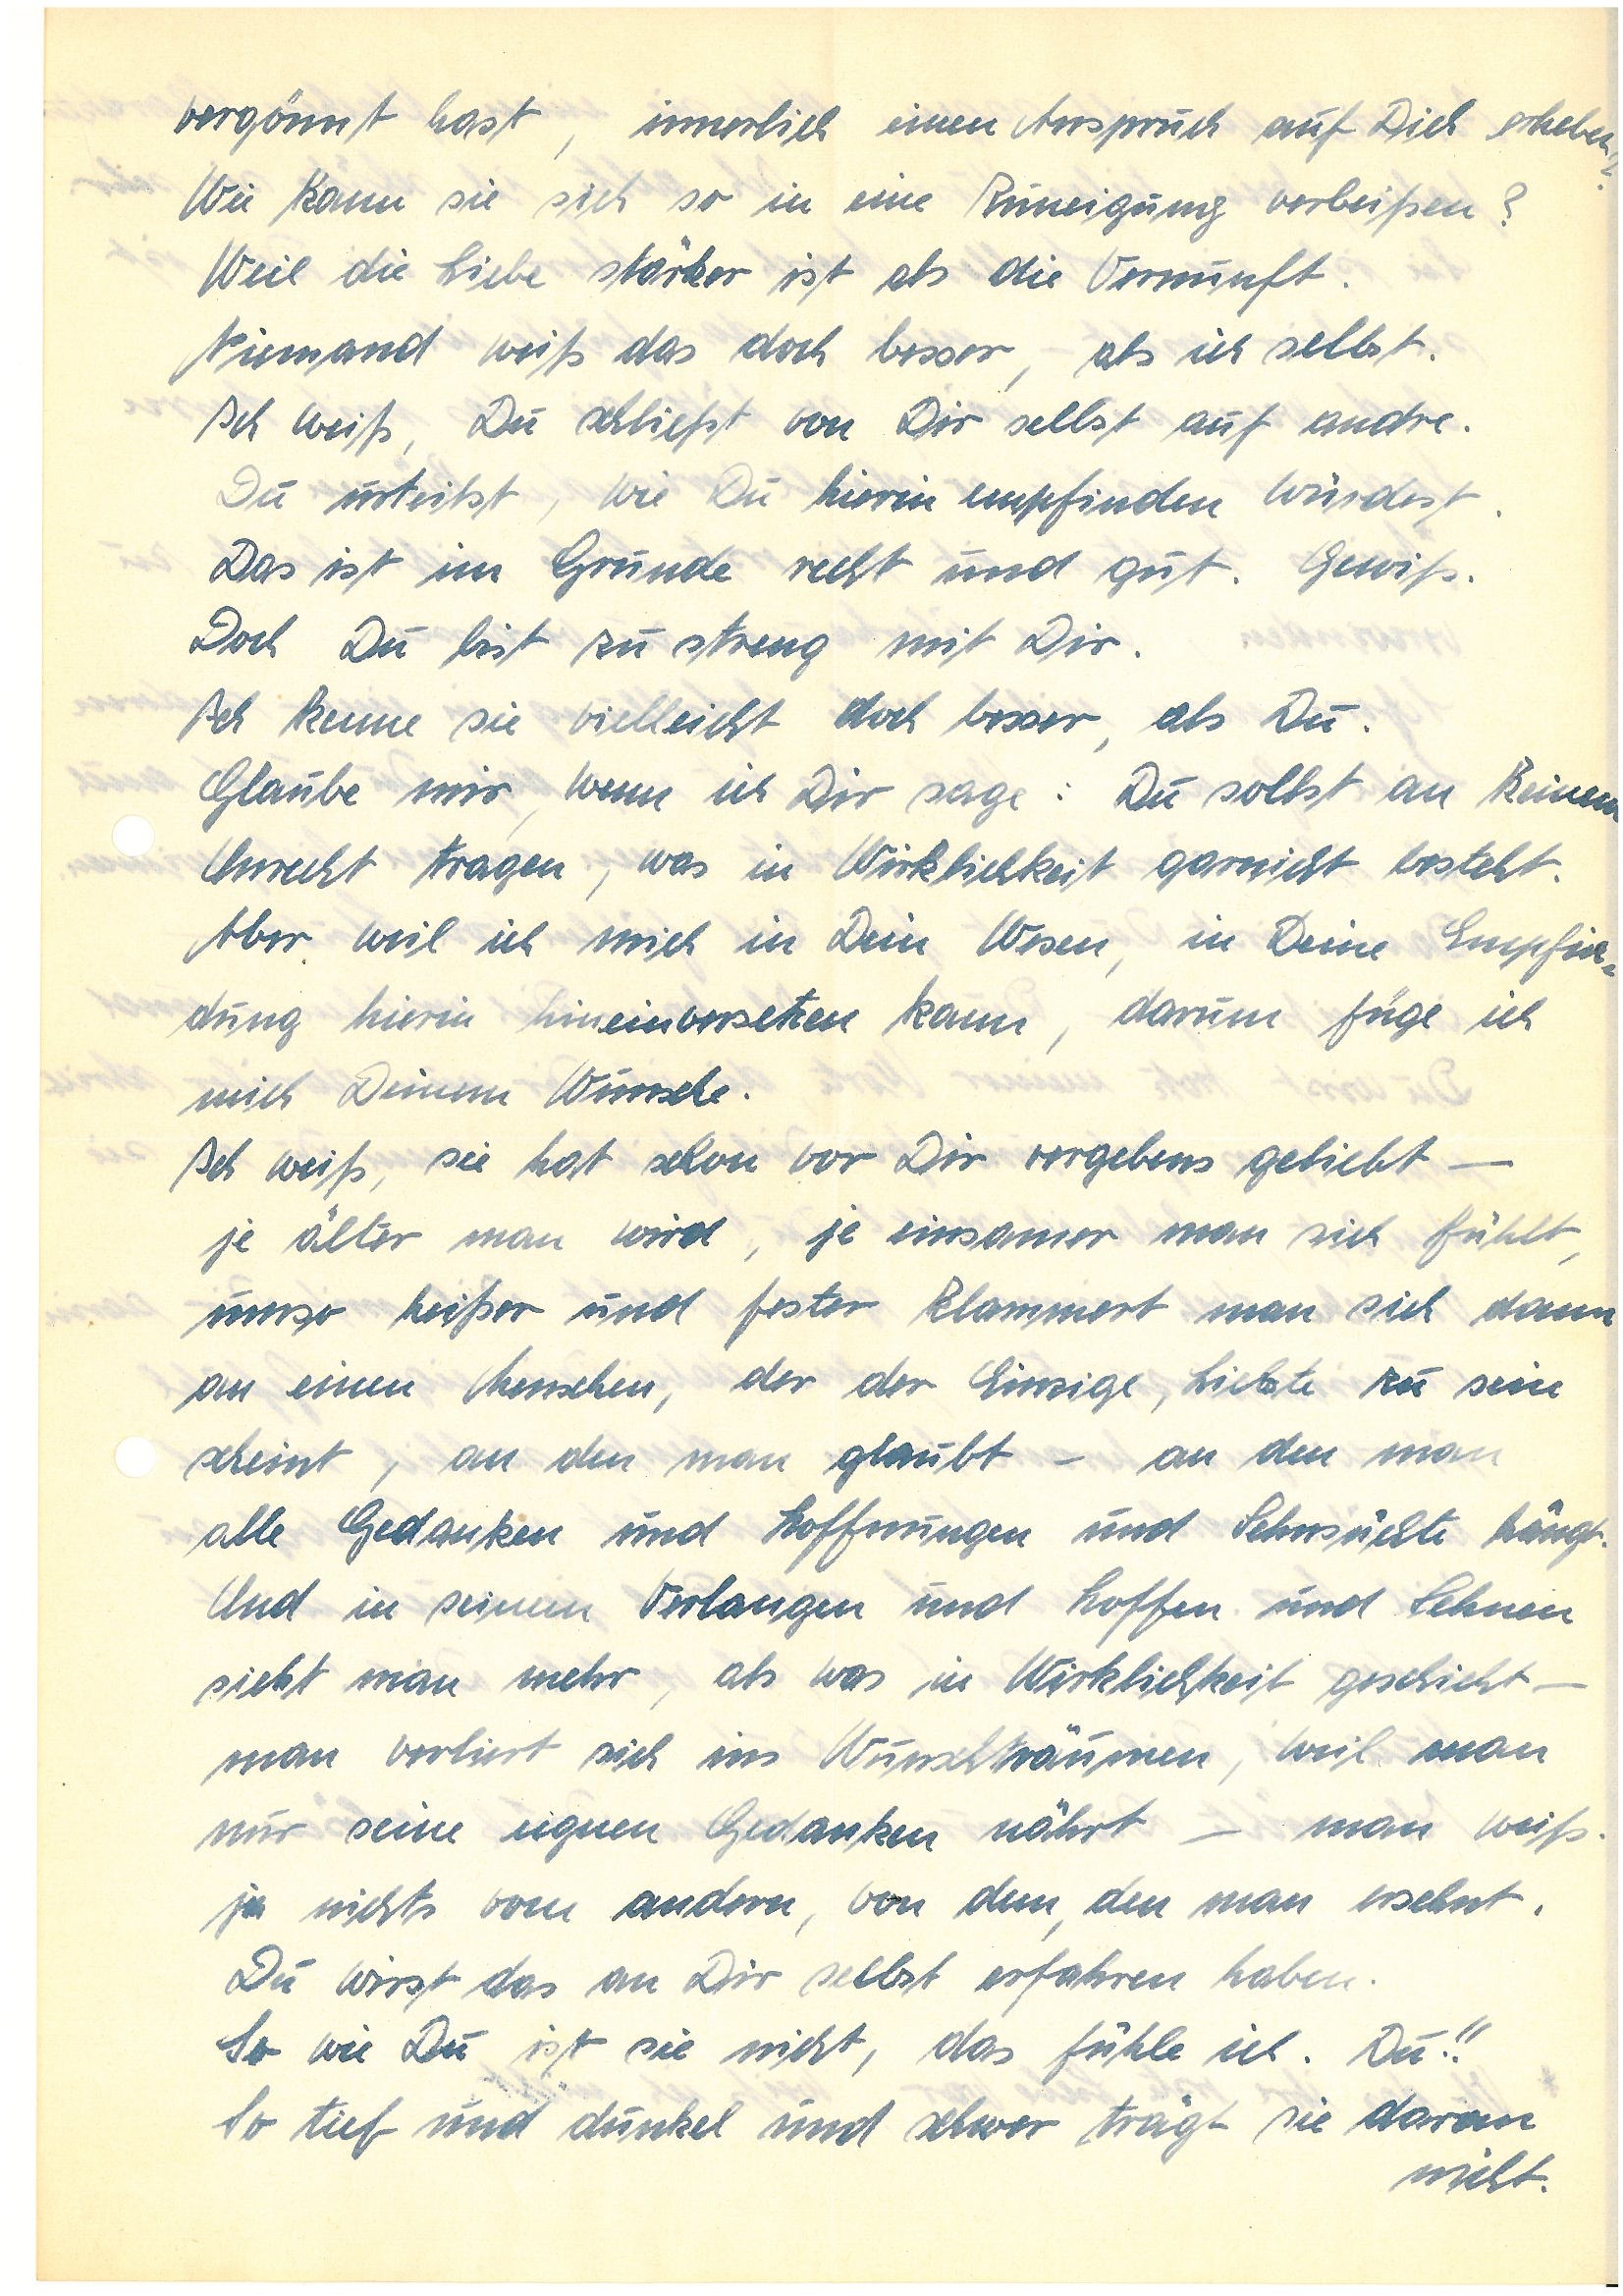
vergönnt hast, innerlich einen Anspruch auf Dich erheben?
Wie kann sie sich so in eine Zuneigung verbeißen?
Weil die Liebe stärker ist als die Vernunft.
Niemand weiß das doch besser, als ich selbst.
Ich weiß, Du schließt von Dir selbst auf andre.
Du urteilst, wie Du hierin empfinden würdest.
Das ist im Grunde recht und gut. Gewiß.
Doch Du bist zu streng mit Dir.
Ich kenne sie vielleicht doch besser, als Du.
Glaube mir, wenn ich Dir sage: Du sollst an keinem
Unrecht tragen, was in Wirklichkeit garnicht besteht.
Aber weil ich mich in Dein Wesen, in Deine Empfin¬
dung hierin hineinversetzen kann, darum füge ich
mich Deinem Wunsche.
Ich weiß, sie hat schon vor Dir vergebens geliebt –
je älter man wird, je einsamer man sich fühlt,
umso heißer und fester klammert man sich dann
an einen Menschen, der der Einzige, Liebste zu sein
scheint, an den man glaubt – an den man
alle Gedanken und Hoffnungen und Sehnsüchte hängt.
Und in seinem Verlangen und Hoffen und Sehnen
sieht man mehr, als was in Wirklichkeit geschieht –
man verliert sich im Wunschträumen, weil man
nur seine eigenen Gedanken nährt – man weiß
ja nichts vom anderen, von dem, den man ersehnt.
Du wirst das an Dir selbst erfahren haben.
So wie Du ist sie nicht, das fühle ich. Du!!
So tief und dunkel und schwer trägt sie daran
nicht.